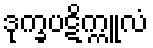
ဒုက္ခပဋိက္ကူလံ